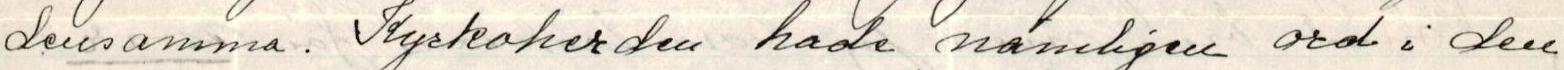
densamma. Kyrkoherden hade nämligen ord i den